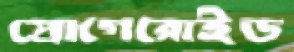
প্রোগেরোইড